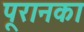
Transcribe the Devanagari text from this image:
पूरानका